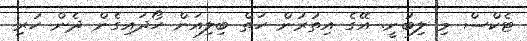
ޓެކްސް މި ލިބުނީ. އޭގެ އިތުރުން ހަތް ބިލިއަން ހޯދައިގެން ދެން ހުރި